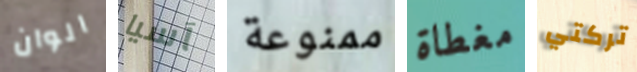
الوان آسيا ممنوعة مغطاة تركتي